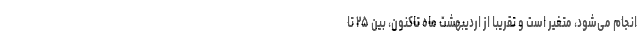
انجام می‌شود، متغیر است و تقریبا از اردیبهشت ماه تاکنون، بین ۲۵ تا